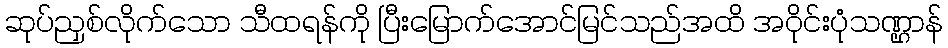
ဆုပ်ညှစ်လိုက်သော သီထရန်ကို ပြီးမြောက်အောင်မြင်သည်အထိ အဝိုင်းပုံသဏ္ဌာန်